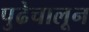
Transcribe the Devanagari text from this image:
पुढेचालून